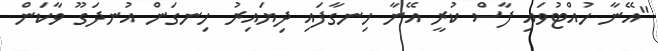
"އޭނާ ހުއްޓުވައި ފާސް ކުރީ އޭނާ ހިނގާފައި ދިޔައިރު ހިނގަން އުނދަގޫ ވާކަން